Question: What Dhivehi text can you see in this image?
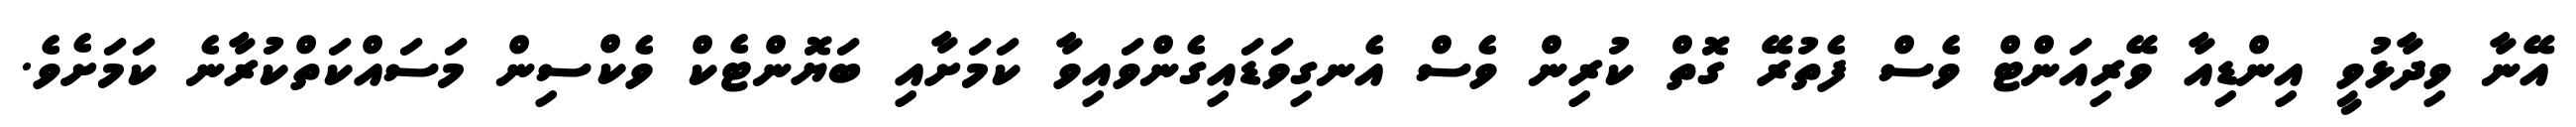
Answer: އޭނާ ވިދާޅުވީ އިންޑިއާ ވޭރިއަންޓް ވެސް ފެތުރޭ ގޮތް ކުރިން ވެސް އެނގިވަޑައިގެންވައިވާ ކަމަށާއި ބަޔޮންޓެކް ވެކްސިން މަސައްކަތްކުރާނެ ކަމަށެވެ.